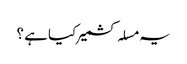
یہ مسلہ کشمیر کیا ہے ؟